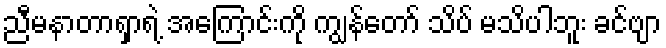
ညီမနာတာရှာရဲ့ အကြောင်းကို ကျွန်တော် သိပ် မသိပါဘူး ခင်ဗျာ